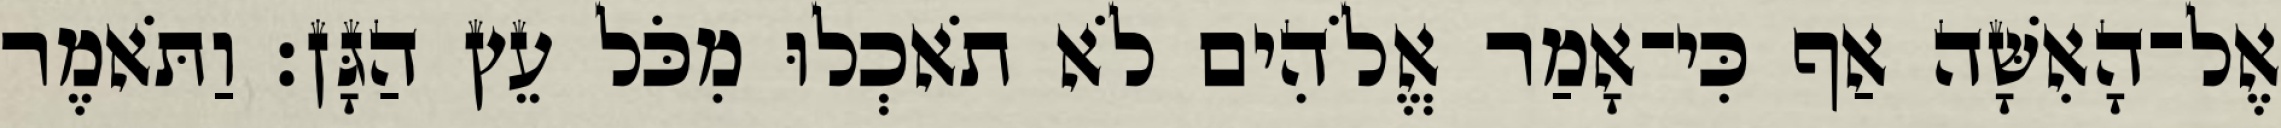
אֶל־הָאִשָּׁה אַף כִּי־אָמַר אֱלֹהִים לֹא תֹאכְלוּ מִכֹּל עֵץ הַגָּן׃ וַתֹּאמֶר